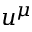
u ^ { \mu }